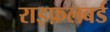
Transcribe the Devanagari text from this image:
राइफ़लबर्ड